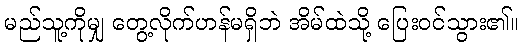
မည်သူ့ကိုမျှ တွေ့လိုက်ဟန်မရှိဘဲ အိမ်ထဲသို့ ပြေးဝင်သွား၏။